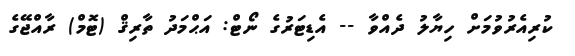
ކުރިއެރުވުމަށް ހިޔާލު ދެއްވާ -- އެޑިޓަރުގެ ނޯޓް: އަޙްމަދު ތާރިޤް (ޓޮމް) ރާއްޖޭގެ